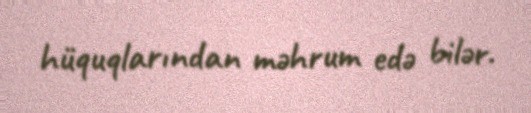
hüquqlarından məhrum edə bilər.